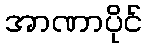
အာဏာပိုင်